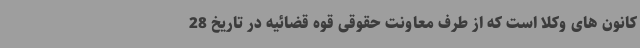
کانون های وکلا است که از طرف معاونت حقوقی قوه قضائیه در تاریخ 28